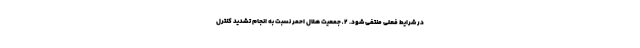
در شرایط فعلی منتفی شود. ۲ ـ جمعیت هلال احمر نسبت به انجام تشدید کنترل